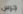
جرس